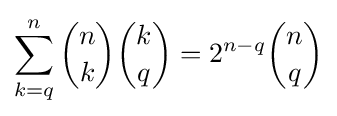
\sum _{k=q}^{n}{\binom {n}{k}}{\binom {k}{q}}=2^{n-q}{\binom {n}{q}}